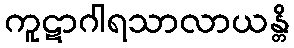
ကူဋာဂါရသာလာယန္တိ